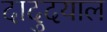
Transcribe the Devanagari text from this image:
दादुदयाल